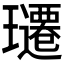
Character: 𬎚